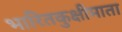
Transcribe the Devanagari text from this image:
भारितकुक्षीमाता